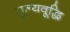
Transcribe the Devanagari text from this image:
मूल्यवूद्धि